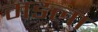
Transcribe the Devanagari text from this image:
मडला